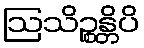
ဩသိဉ္စန္တိပိ